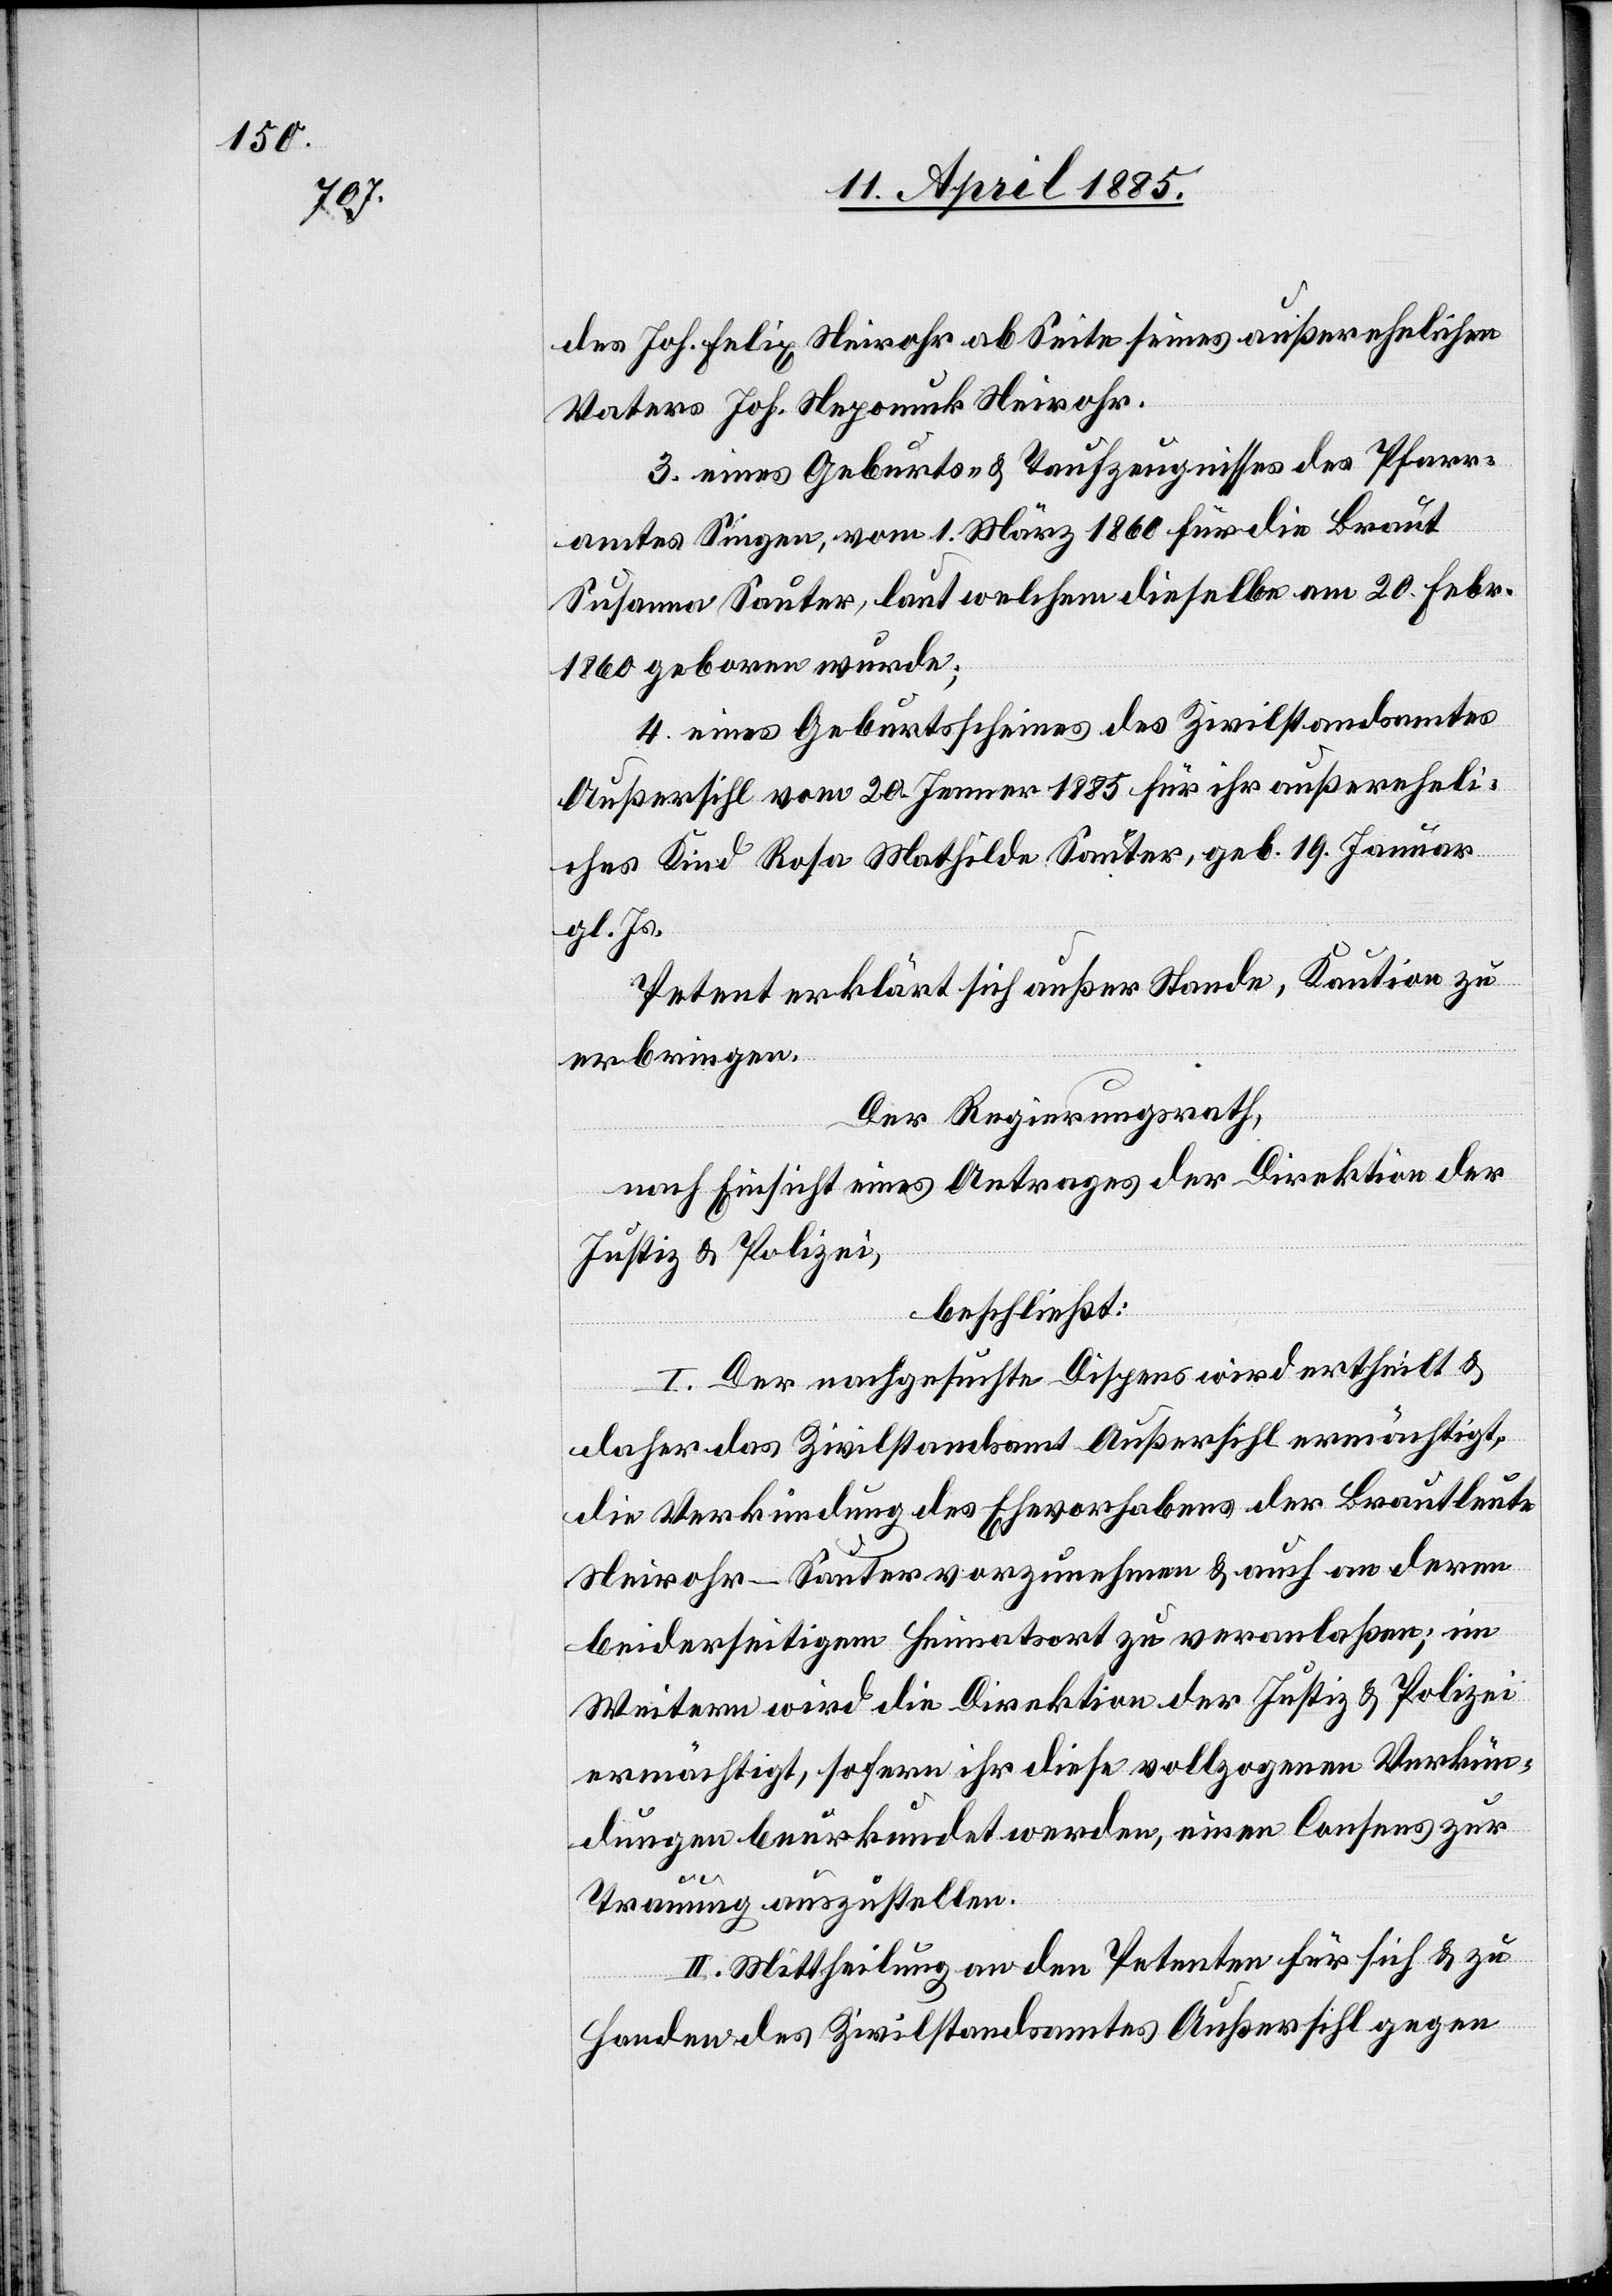
des Joh. Felix Neirohr ab Seite seines außerehelichen
Vaters Joh. Nepomuk Neirohr.
3. eines Geburts- & Taufzeugnisses des Pfarr¬
amtes Singen, vom 1. März 1860 für die Braut
Susanna Sauter, laut welchem dieselbe am 20. Febr.
1860 geboren wurde;
4. eines Geburtsscheines des Zivilstandsamtes
Außersihl vom 20. Jenner 1885 für ihr außereheli¬
ches Kind Ros Mathilda Sauter, geb. 19. Januar
gl. Js.
Petent erklärt sich außer Stande, Kaution zu
erbringen.
Der Regierungsrath,
nach Einsicht eines Antrages der Direktion der
Justiz & Polizei,
beschließt:
I. Der nachgesuchte Dispens wird ertheilt &
daher das Zivilstandsamt Außersihl ermächtigt,
die Verkündung des Ehevorhabens der Brautleute
Neirohr-Sauter vorzunehmen & auch an deren
beiderseitigem Heimatsort zu veranlaßen; im
Weitern wird die Direktion der Justiz & Polizei
ermächtigt, sofern ihr diese vollzogenen Verkün¬
dungen beurkundet werden, einen Consens zur
Trauung auszustellen.
II. Mittheilung an den Petenten für sich & zu
Handen des Zivilstandsamtes Außersihl gegen